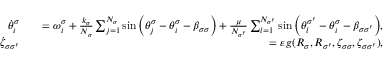
\begin{array} { r l r } { \dot { \theta } _ { i } ^ { \sigma } } & { } & { = \omega _ { i } ^ { \sigma } + \frac { k _ { \sigma } } { N _ { \sigma } } \sum _ { j = 1 } ^ { N _ { \sigma } } \sin { \left( \theta _ { j } ^ { \sigma } - \theta _ { i } ^ { \sigma } - \beta _ { \sigma \sigma } \right) } + \frac { \mu } { N _ { \sigma ^ { \prime } } } \sum _ { l = 1 } ^ { N _ { \sigma ^ { \prime } } } \sin { \left( \theta _ { l } ^ { \sigma ^ { \prime } } - \theta _ { i } ^ { \sigma } - \beta _ { \sigma \sigma ^ { \prime } } \right) } , } \\ { \dot { \zeta } _ { \sigma \sigma ^ { \prime } } } & { } & { = \varepsilon g ( R _ { \sigma } , R _ { \sigma ^ { \prime } } , \zeta _ { \sigma \sigma } , \zeta _ { \sigma \sigma ^ { \prime } } ) , } \end{array}